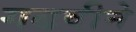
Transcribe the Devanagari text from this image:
गढवीने